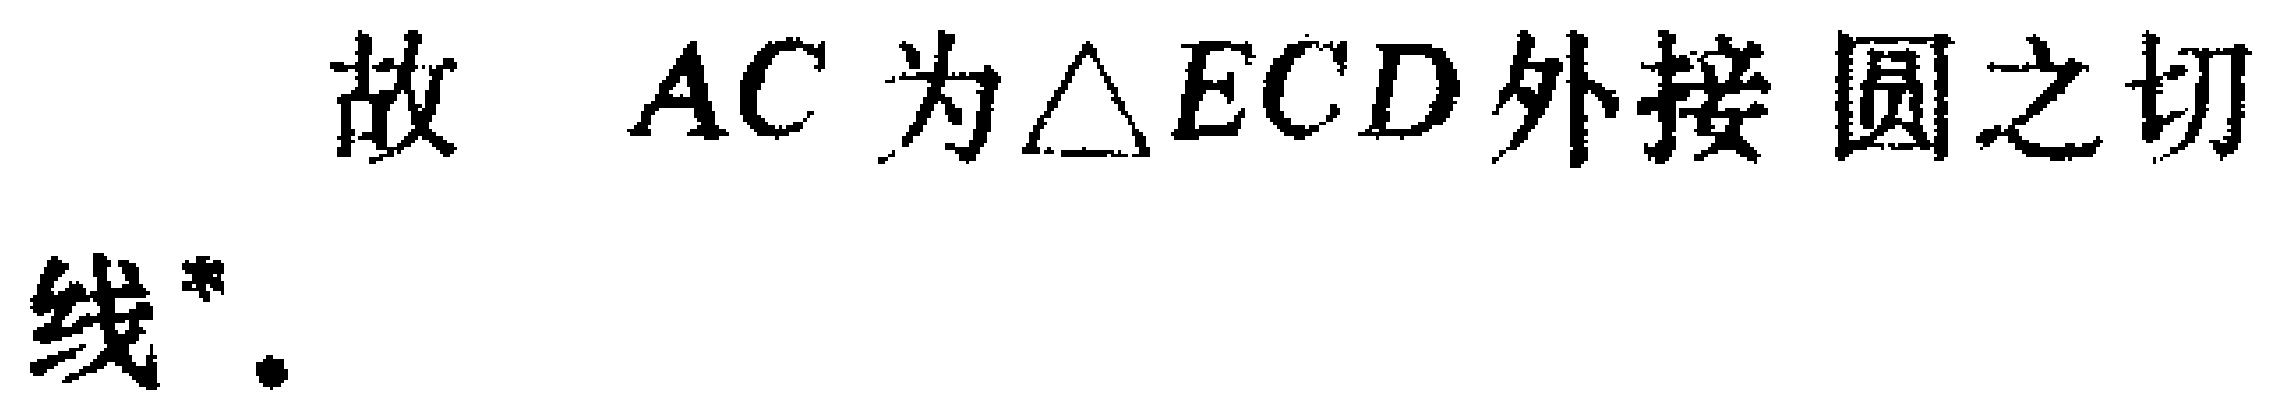
故 \(AC\) 为\(\triangle ECD\)外接圆之切线\(^{*}\).